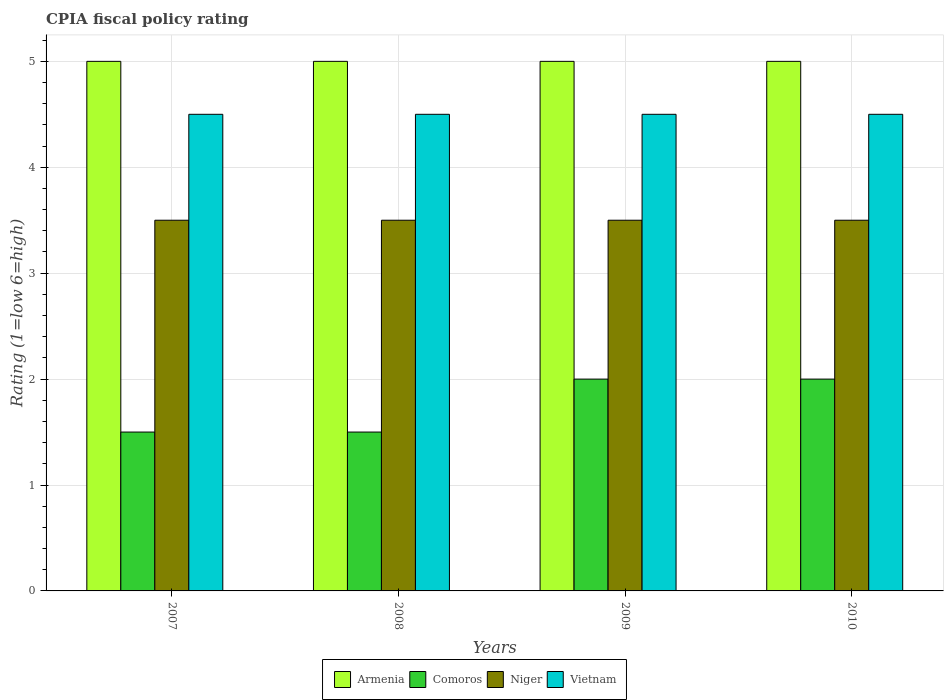
| Years | Armenia | Comoros | Niger | Vietnam |
 | --- | --- | --- | --- | --- |
 | 2007 | 5 | 1.5 | 3.5 | 4.5 |
 | 2008 | 5 | 1.5 | 3.5 | 4.5 |
 | 2009 | 5 | 2 | 3.5 | 4.5 |
 | 2010 | 5 | 2 | 3.5 | 4.5 |